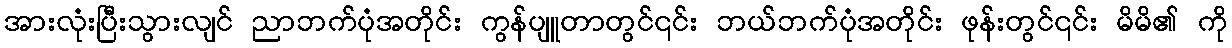
အားလုံးပြီးသွားလျင် ညာဘက်ပုံအတိုင်း ကွန်ပျူတာတွင်၎င်း ဘယ်ဘက်ပုံအတိုင်း ဖုန်းတွင်၎င်း မိမိ၏ ကို